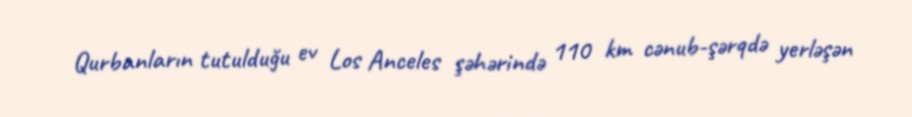
Qurbanların tutulduğu ev Los Anceles şəhərində 110 km cənub-şərqdə yerləşən